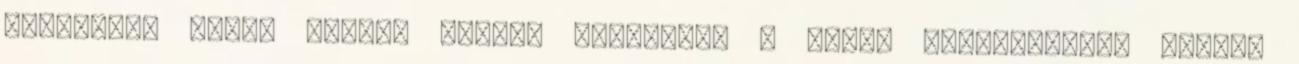
katolikus papok miként tudnak legjobban a hívek szolgálatára állni.